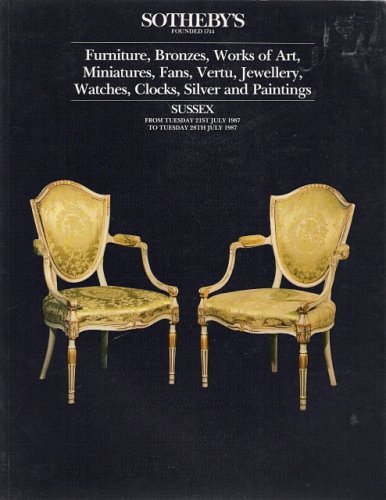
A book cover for Furniture, Bronzes, Works of Art, Miniatures, Fans, Vertu, Jewellery, Watchs, Clocks, Silver and Paintings [Sotheby's Sussex, 21- 28 July 1987]; Sotheby's; Crafts, Hobbies & Home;